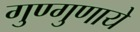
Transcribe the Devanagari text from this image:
गुण्गुणाये